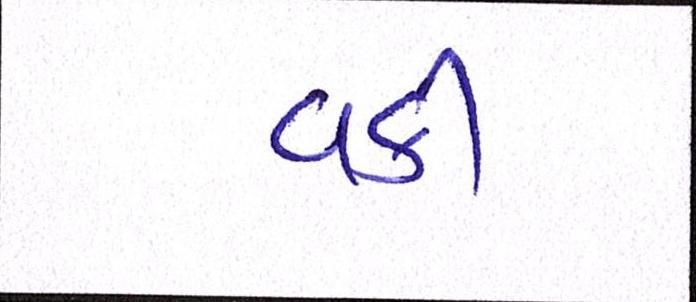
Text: વકી